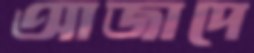
আজাদে